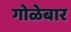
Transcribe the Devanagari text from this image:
गोळेबार